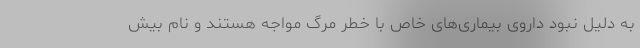
به دلیل نبود داروی بیماری‌های خاص با خطر مرگ مواجه هستند و نام بیش